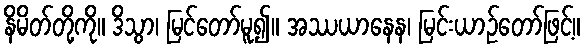
နိမိတ်တို့ကို။ ဒိသွာ၊ မြင်တော်မူ၍။ အဿယာနေန၊ မြင်းယာဉ်တော်ဖြင့်။